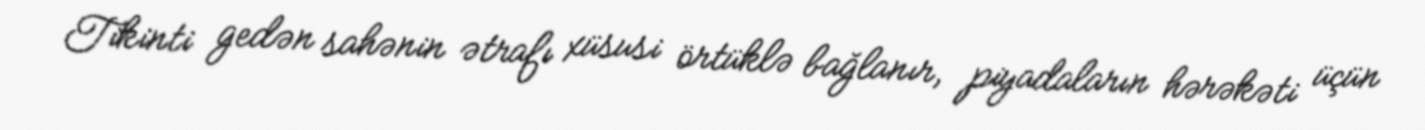
Tikinti gedən sahənin ətrafı xüsusi örtüklə bağlanır, piyadaların hərəkəti üçün